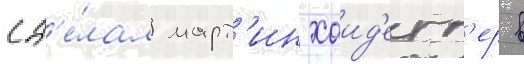
сд'е́лал март'ин хаид'егг'ер в